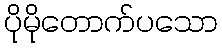
ပိုမိုတောက်ပသော